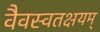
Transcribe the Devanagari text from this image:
वैवस्वतक्षयम्